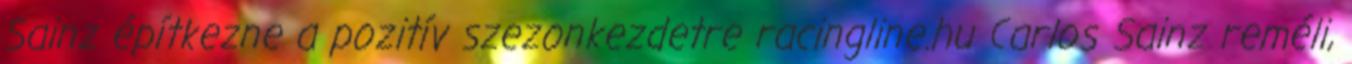
Sainz építkezne a pozitív szezonkezdetre racingline.hu Carlos Sainz reméli,